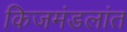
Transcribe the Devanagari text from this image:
किजमंडलांत